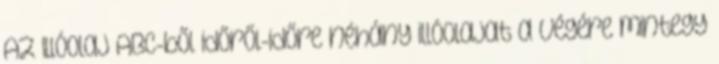
Az Illóolaj ABC-ből időről-időre néhány illóolajat a végére mintegy